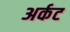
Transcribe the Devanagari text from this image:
अर्कट